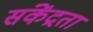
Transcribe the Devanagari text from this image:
संकेंद्रता